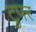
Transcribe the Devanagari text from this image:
टुपर